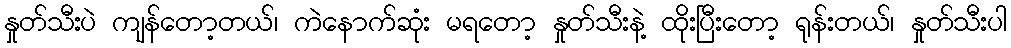
နှုတ်သီးပဲ ကျန်တော့တယ်၊ ကဲနောက်ဆုံး မရတော့ နှုတ်သီးနဲ့ ထိုးပြီးတော့ ရုန်းတယ်၊ နှုတ်သီးပါ